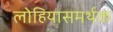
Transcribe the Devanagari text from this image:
लोहियासमर्थक